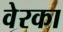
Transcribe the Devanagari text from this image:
वेरका